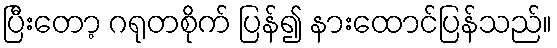
ပြီးတော့ ဂရုတစိုက် ပြန်၍ နားထောင်ပြန်သည်။